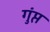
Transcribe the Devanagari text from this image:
गुंप्त